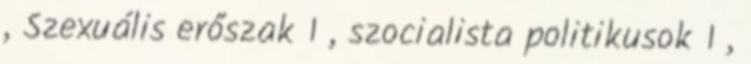
, Szexuális erőszak 1 , szocialista politikusok 1 ,